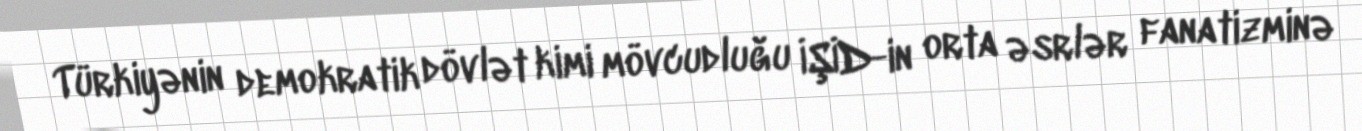
Türkiyənin demokratik dövlət kimi mövcudluğu İŞİD-in orta əsrlər fanatizminə